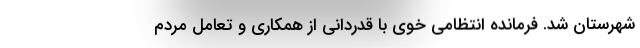
شهرستان شد. فرمانده انتظامی خوی با قدردانی از همکاری و تعامل مردم